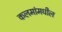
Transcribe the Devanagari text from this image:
कलमांमधील